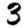
Digit: 3